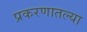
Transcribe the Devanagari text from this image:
प्रकरणातल्या